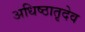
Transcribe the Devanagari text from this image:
अधिष्ठातृदेव